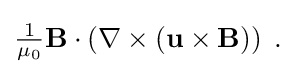
{\textstyle {\tfrac {1}{\mu _{0}}}\mathbf {B} \cdot \left(\nabla \times \left(\mathbf {u} \times \mathbf {B} \right)\right)\;.}